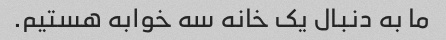
ما به دنبال یک خانه سه خوابه هستیم.